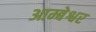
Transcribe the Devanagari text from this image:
आम्बेश्वर